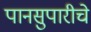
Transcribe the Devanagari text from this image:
पानसुपारीचे